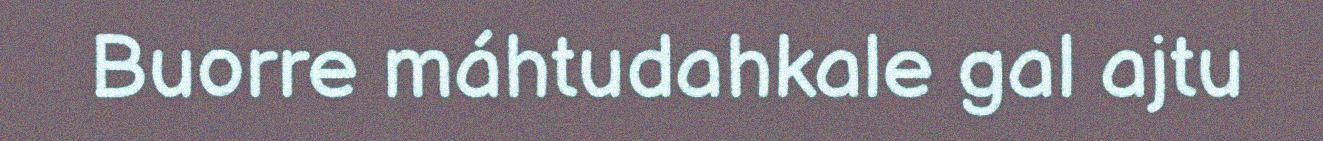
Buorre máhtudahkale gal ajtu